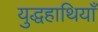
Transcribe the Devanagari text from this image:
युद्धहाथियाँ